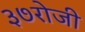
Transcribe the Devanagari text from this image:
३७रोजी